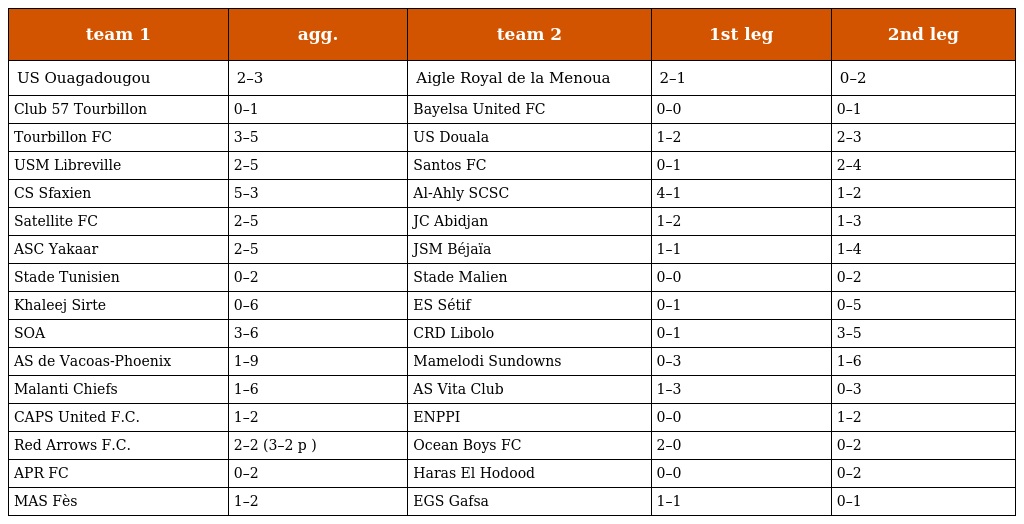
| team 1 | agg. | team 2 | 1st leg | 2nd leg |
 | --- | --- | --- | --- | --- |
 | US Ouagadougou | 2–3 | Aigle Royal de la Menoua | 2–1 | 0–2 |
 | Club 57 Tourbillon | 0–1 | Bayelsa United FC | 0–0 | 0–1 |
 | Tourbillon FC | 3–5 | US Douala | 1–2 | 2–3 |
 | USM Libreville | 2–5 | Santos FC | 0–1 | 2–4 |
 | CS Sfaxien | 5–3 | Al-Ahly SCSC | 4–1 | 1–2 |
 | Satellite FC | 2–5 | JC Abidjan | 1–2 | 1–3 |
 | ASC Yakaar | 2–5 | JSM Béjaïa | 1–1 | 1–4 |
 | Stade Tunisien | 0–2 | Stade Malien | 0–0 | 0–2 |
 | Khaleej Sirte | 0–6 | ES Sétif | 0–1 | 0–5 |
 | SOA | 3–6 | CRD Libolo | 0–1 | 3–5 |
 | AS de Vacoas-Phoenix | 1–9 | Mamelodi Sundowns | 0–3 | 1–6 |
 | Malanti Chiefs | 1–6 | AS Vita Club | 1–3 | 0–3 |
 | CAPS United F.C. | 1–2 | ENPPI | 0–0 | 1–2 |
 | Red Arrows F.C. | 2–2 (3–2 p ) | Ocean Boys FC | 2–0 | 0–2 |
 | APR FC | 0–2 | Haras El Hodood | 0–0 | 0–2 |
 | MAS Fès | 1–2 | EGS Gafsa | 1–1 | 0–1 |